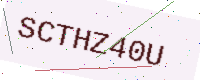
Text: SCTHZ40U